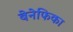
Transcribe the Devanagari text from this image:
बेनेफिका